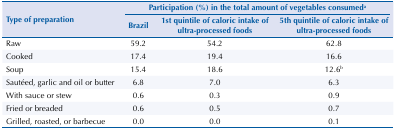
<table><thead><tr><td rowspan="2"><b>Type of preparation</b></td><td colspan="3"><b>Participation (%) in the total amount of vegetables consumeda</b></td></tr><tr><td><b>Brazil</b></td><td><b>1st quintile of caloric intake of ultra-processed foods</b></td><td><b>5th quintile of caloric intake of ultra-processed foods</b></td></tr></thead><tbody><tr><td>Raw</td><td>59.2</td><td>54.2</td><td>62.8</td></tr><tr><td>Cooked</td><td>17.4</td><td>19.4</td><td>16.6</td></tr><tr><td>Soup</td><td>15.4</td><td>18.6</td><td>12.6b</td></tr><tr><td>Sautéed, garlic and oil or butter</td><td>6.8</td><td>7.0</td><td>6.3</td></tr><tr><td>With sauce or stew</td><td>0.6</td><td>0.3</td><td>0.9</td></tr><tr><td>Fried or breaded</td><td>0.6</td><td>0.5</td><td>0.7</td></tr><tr><td>Grilled, roasted, or barbecue</td><td>0.0</td><td>0.0</td><td>0.1</td></tr></tbody></table>